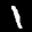
Label: 1